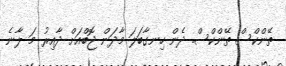
ތޭންކްސް ތޭންކްސް. ދެން ހިނގާބަލަ މާދަން ޖޮބްއަށް ދާއިރު މަ ލާނެ